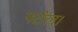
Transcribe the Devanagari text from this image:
पटेल।